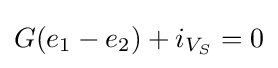
G(e_{1}-e_{2})+i_{V_{S}}=0